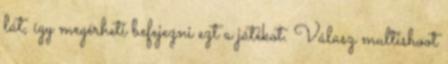
lát, így megérheti befejezni ezt a játékot. Válasz multishoot